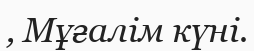
, Мұғалім күні.